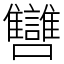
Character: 㘜